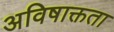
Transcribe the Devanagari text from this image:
अविषाक्तता